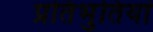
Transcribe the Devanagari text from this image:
प्रतिभुतियां